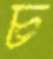
চ